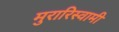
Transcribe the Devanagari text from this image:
मुरारिस्वामी